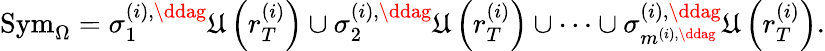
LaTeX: \mathrm{Sym}_{\Omega}=\sigma_{1}^{\left(i\right),\ddag}\mathfrak{U}\left(r_{T}^{\left(i\right)}\right)\cup\sigma_{2}^{\left(i\right),\ddag}\mathfrak{U}\left(r_{T}^{\left(i\right)}\right)\cup\cdots\cup\sigma_{m^{\left(i\right),\ddag}}^{\left(i\right),\ddag}\mathfrak{U}\left(r_{T}^{\left(i\right)}\right).